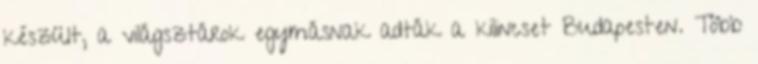
készült, a világsztárok egymásnak adták a kilincset Budapesten. Több